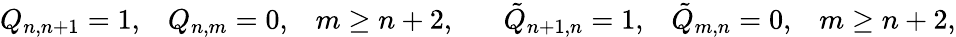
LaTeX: Q_{n,n+1}=1,\; \; \; Q_{n,m}=0,\; \; \; m\geq n+2,\; \; \; \; \; \; \tilde{Q}_{n+1,n}=1,\; \; \; \tilde{Q}_{m,n}=0,\; \; \; m\geq n+2,